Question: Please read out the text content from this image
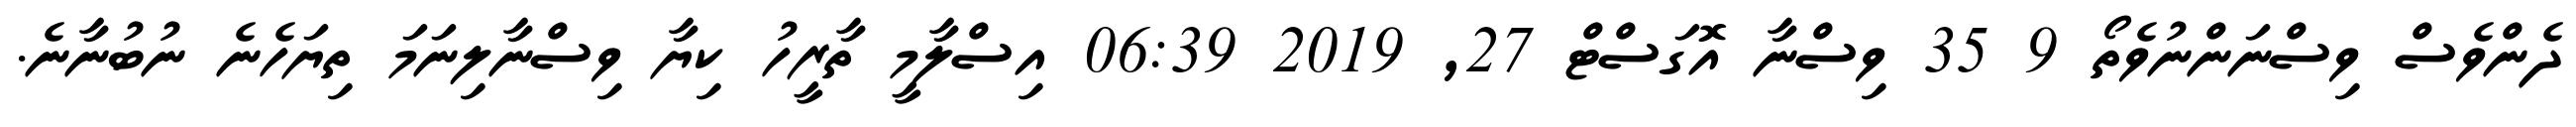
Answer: ދެންވެސް ވިސްނަންނުވެތޯ 9 35 ވިސްނާ އޮގަސްޓް 27, 2019 06:39 އިސްލާމީ ތާރީހު ކިޔާ ވިސްނާލިނަމަ ތިޔަހެނެ ނުބުނާނެ.